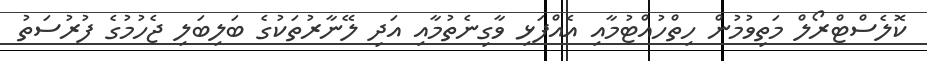
ކޮލެސްޓްރޯލް މަތިވުމުން ހިތްހުއްޓުމާއި އެއްފަޅި ވާގިނެތުމާއި އަދި ލޭނާރުތަކުގެ ބަލިބަލި ޖެހުމުގެ ފުރުސަތު